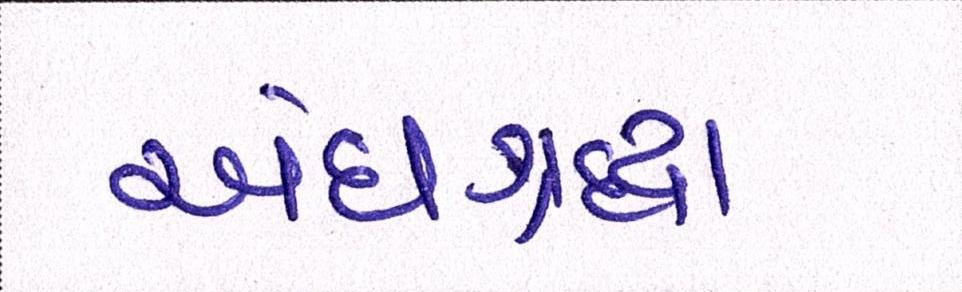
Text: અંધશ્રદ્ધા